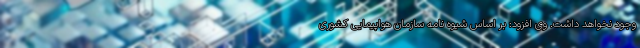
وجود نخواهد داشت. وی افزود: بر اساس شیوه نامه سازمان هواپیمایی کشوری